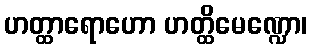
ဟတ္ထာရောဟော ဟတ္ထိမေဏ္ဍော၊